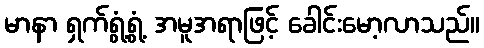
မာနာ ရှက်ရွံ့ရွံ့ အမူအရာဖြင့် ခေါင်းမော့လာသည်။